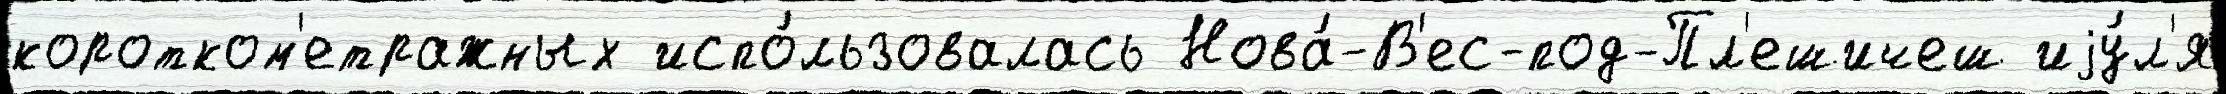
коротком'етражных испо́льзовалась Нова́-В'ес-под-Пл'ешичеш иjу́л'я